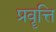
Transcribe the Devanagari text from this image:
प्रवॄत्ति